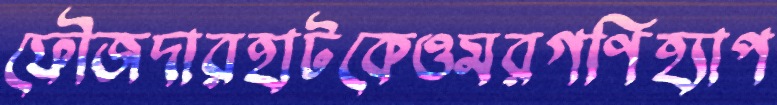
ফৌজদারহাটকেওমরগণিহ্যাপ